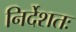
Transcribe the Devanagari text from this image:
निर्देशतः